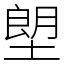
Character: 塱